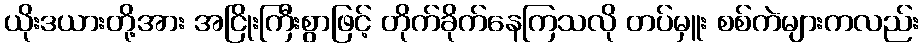
ယိုးဒယားတို့အား အငြိုးကြီးစွာဖြင့် တိုက်ခိုက်နေကြသလို တပ်မှူး စစ်ကဲများကလည်း